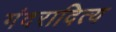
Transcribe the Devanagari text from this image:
गंदरादित्य